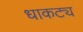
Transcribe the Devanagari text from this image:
धाकट्य